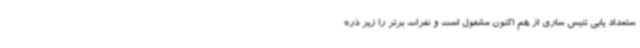
ستعداد یابی تنیس ساری از هم اکنون مشغول است و نفرات برتر را زیر ذره